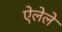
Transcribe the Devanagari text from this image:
ऐलेले